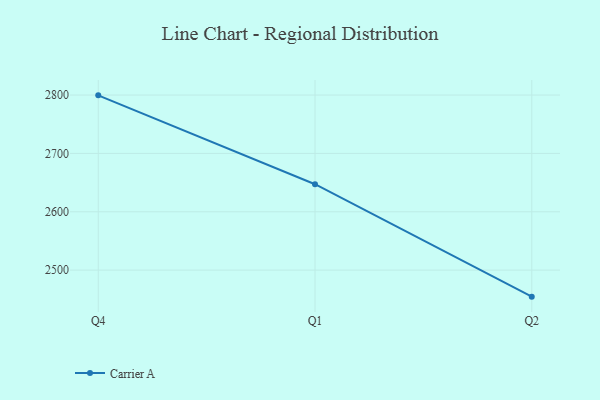
{"axis": {"x": "Quarter", "y": "Customer Acquisition Cost (USD)"}, "legend": ["Carrier A"], "data": [{"x": "Q4", "y": 2799.5, "type": "Carrier A"}, {"x": "Q1", "y": 2647.2, "type": "Carrier A"}, {"x": "Q2", "y": 2454.5, "type": "Carrier A"}]}